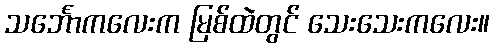
သင်္ဘောကလေးက မြစ်ထဲတွင် သေးသေးကလေး။